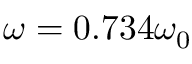
\omega = 0 . 7 3 4 \omega _ { 0 }